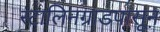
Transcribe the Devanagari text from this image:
स्टालिनग्राडपासून